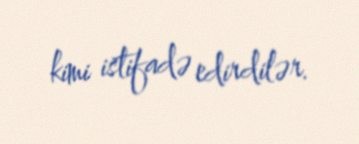
kimi istifadə edirdilər.